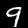
Digit: 9